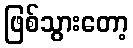
ဖြစ်သွားတော့